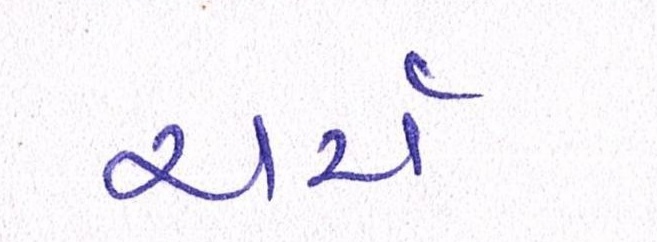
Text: ચર્ચ